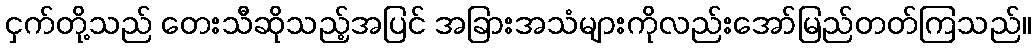
ငှက်တို့သည် တေးသီဆိုသည့်အပြင် အခြားအသံများကိုလည်းအော်မြည်တတ်ကြသည်။